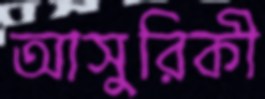
আসুরিকী